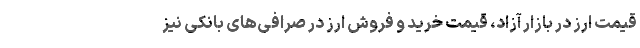
قیمت ارز در بازار آزاد، قیمت خرید و فروش ارز در صرافی‌های بانکی نیز